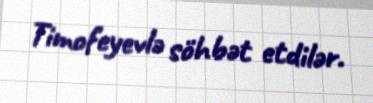
Timofeyevlə söhbət etdilər.